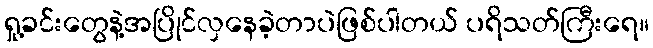
ရှု့ခင်းတွေနဲ့အပြိုင်လှနေခဲ့တာပဲဖြစ်ပါတယ် ပရိသတ်ကြီးရေ။